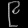
Digit: ၉